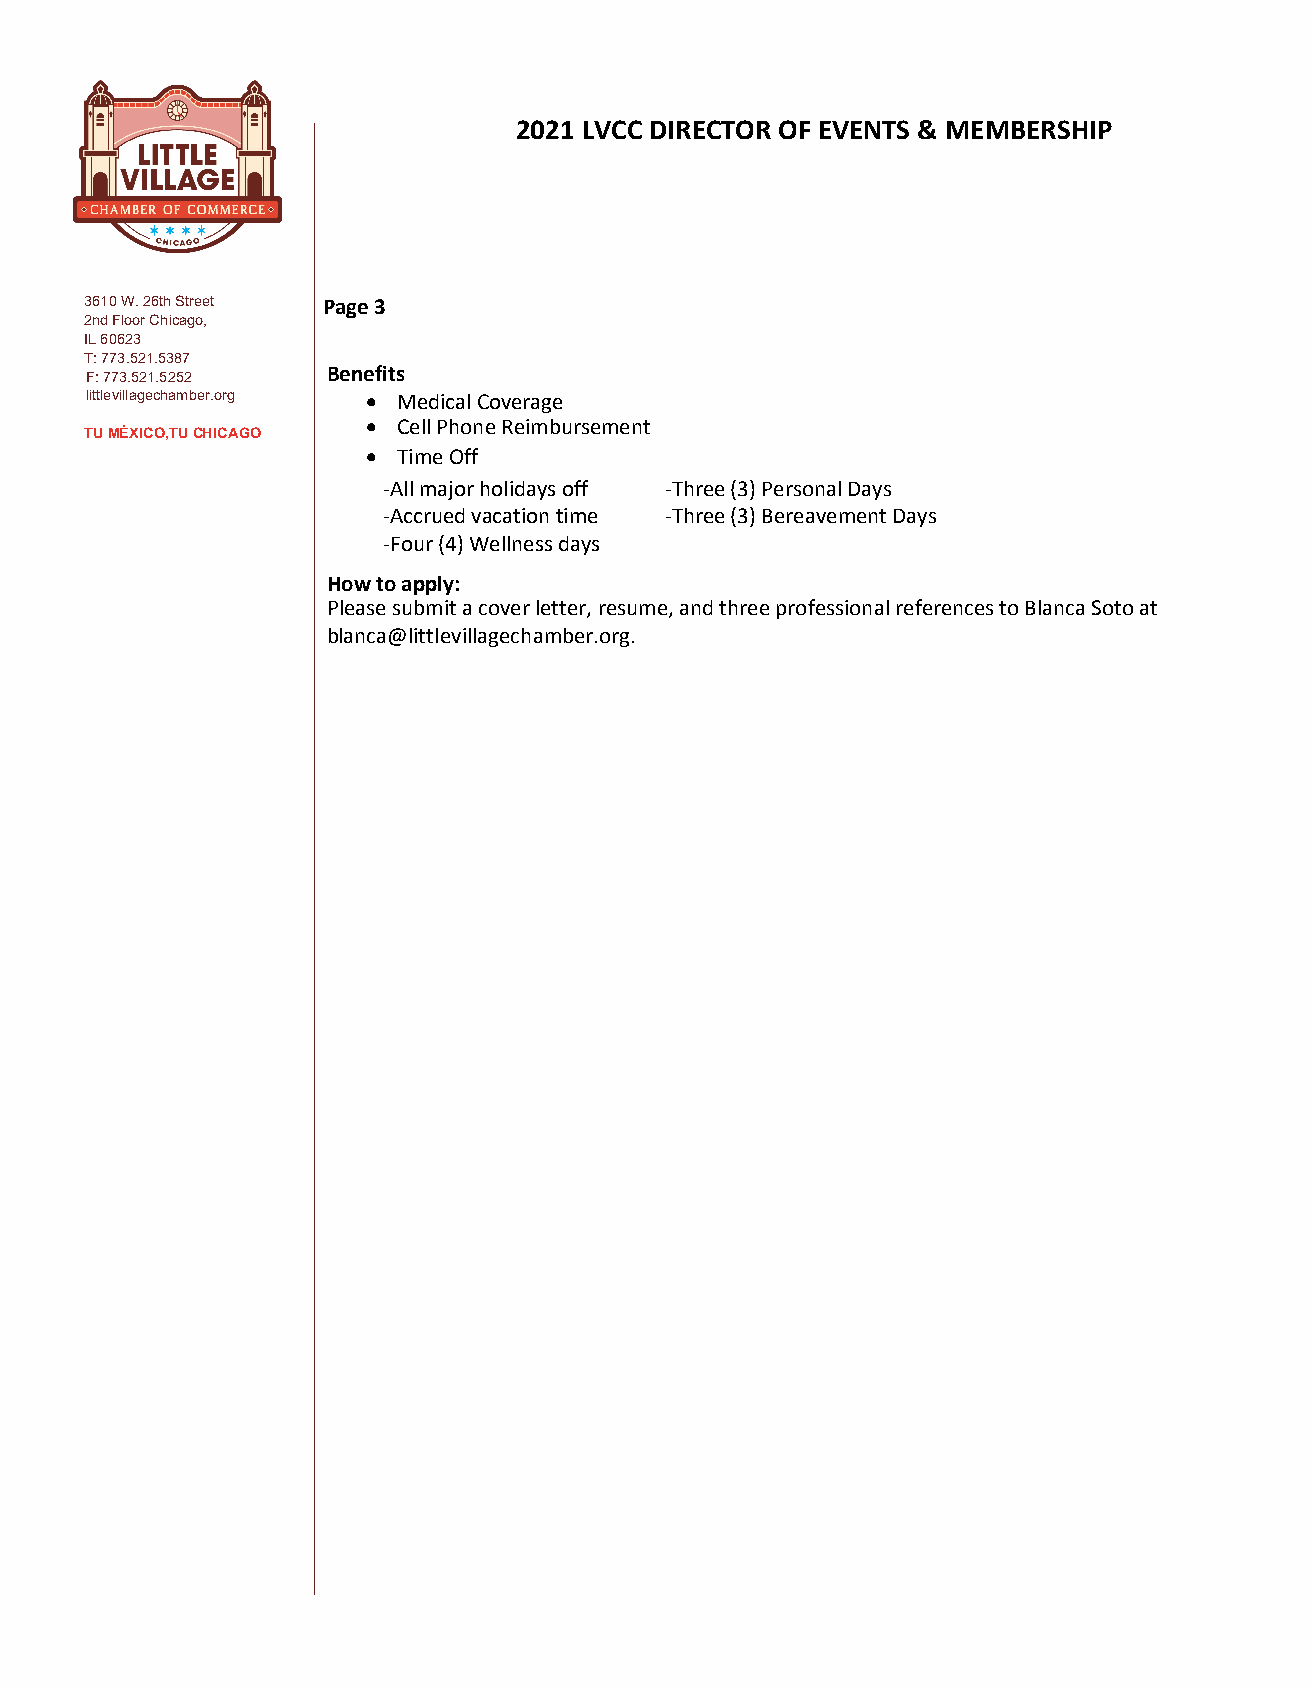
2021 LVCC DIRECTOR OF EVENTS & MEMBERSHIP
 3610 W. 26th Street Page 3e 2
 2nd Floor Chicago,
 IL 60623
 T: 773.521.5387
 F: 773.521.5252 Benefits                                                            e.g.,
 littlevillagechamber.org • Medical Coverage
 • Cell Phone Reimbursement
 TU MÉXICO,TU CHICAGO
 • Time Off
 -All major holidays off -Three (3) Personal Days
 -Accrued vacation time -Three (3) Bereavement Days
 -Four (4) Wellness days
 How to apply:
 Please submit a cover letter, resume, and three professional references to Blanca Soto at
 blanca@littlevillagechamber.org.